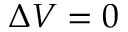
\Delta V = 0